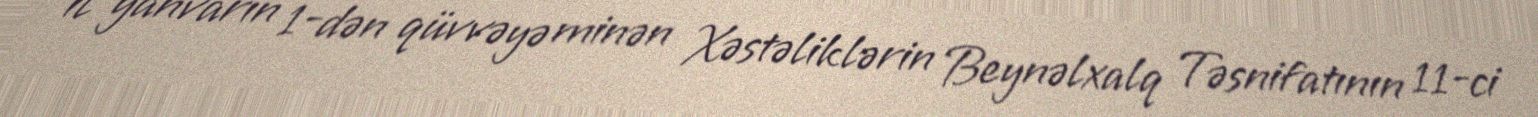
il yanvarın 1-dən qüvvəyə minən Xəstəliklərin Beynəlxalq Təsnifatının 11-ci